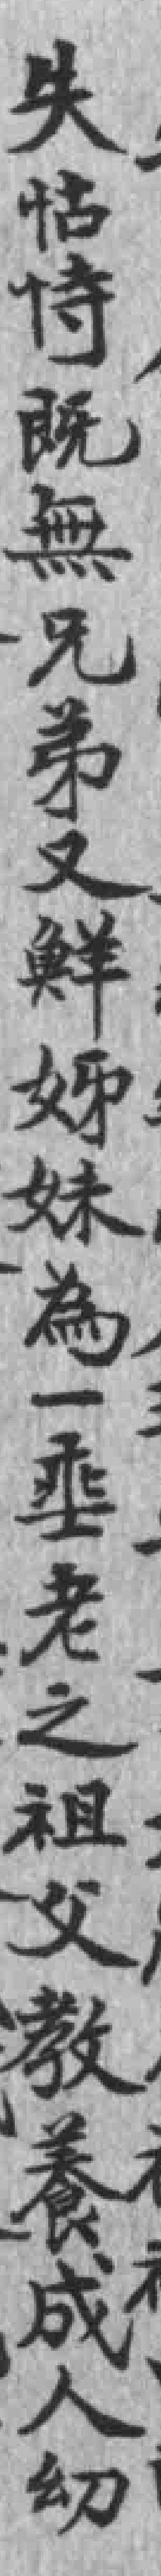
失怙恃既無兄弟又鮮姊妹為一垂老之祖父教養成人㓜